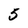
Character: 5